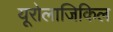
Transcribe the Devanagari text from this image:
यूरोलाजिकिल